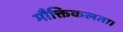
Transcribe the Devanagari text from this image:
मौक्तिकलता।